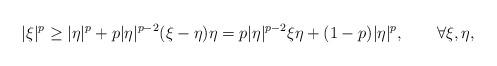
LaTeX: \begin{align*} |\xi|^{p}\geq |\eta|^{p} + p |\eta|^{p-2} (\xi-\eta)\eta=p|\eta|^{p-2}\xi\eta+(1-p)|\eta|^{p},\qquad\forall \xi,\eta, \end{align*}